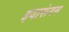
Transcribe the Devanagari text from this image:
इयारूंगम